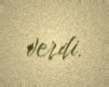
verdi.